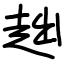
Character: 趉